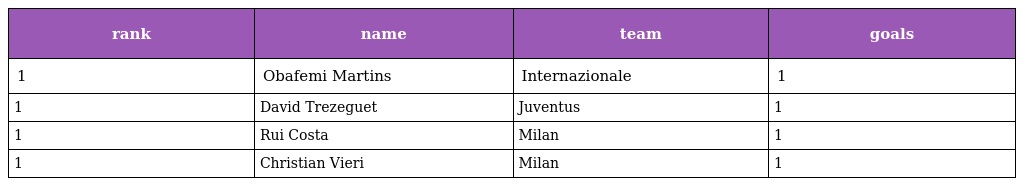
| rank | name | team | goals |
 | --- | --- | --- | --- |
 | 1 | Obafemi Martins | Internazionale | 1 |
 | 1 | David Trezeguet | Juventus | 1 |
 | 1 | Rui Costa | Milan | 1 |
 | 1 | Christian Vieri | Milan | 1 |